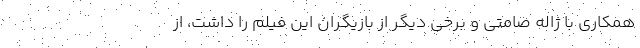
همکاری با ژاله صامتی و برخی دیگر از بازیگران این فیلم را داشت، از